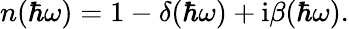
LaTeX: n(\hbar\omega)=1-\delta(\hbar\omega)+\textrm{i}\beta(\hbar\omega).